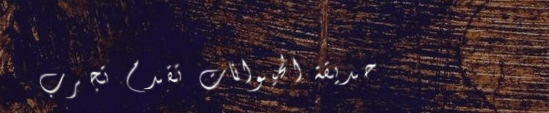
حديقة الحيوانات تقدم تجرب